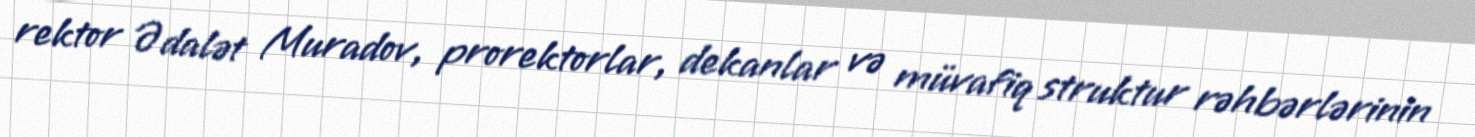
rektor Ədalət Muradov, prorektorlar, dekanlar və müvafiq struktur rəhbərlərinin